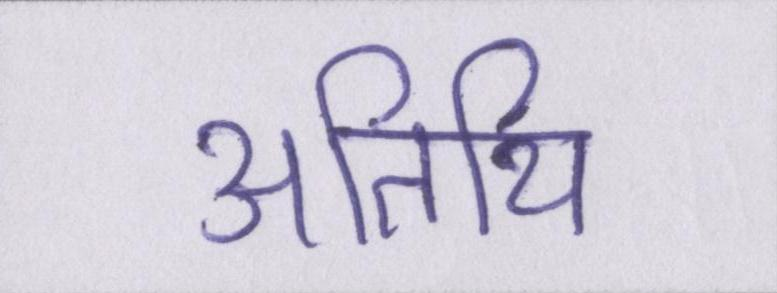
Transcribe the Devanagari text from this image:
अतिथि